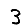
Digit: 3